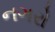
નગરો